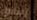
إطلاق